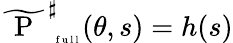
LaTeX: \widetilde{\mathrm{~\mathrm{~P~}~}}_{\mathrm{~\tiny~f~u~l~l~}}^{\sharp}(\theta,s)=h(s)